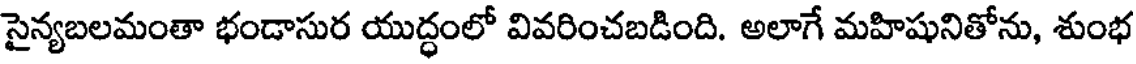
సైన్యబలమంతా భండాసుర యుద్ధంలో వివరించబడింది. అలాగే మహిషునితోను, శుంభ